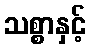
သစ္စာနှင့်